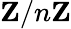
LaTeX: \mathbf{Z}/n\mathbf{Z}